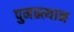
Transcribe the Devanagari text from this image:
पुनस्र्त्थान